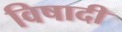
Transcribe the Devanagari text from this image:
विषादी